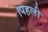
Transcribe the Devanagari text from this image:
।पहली